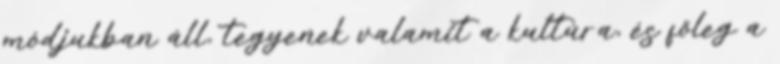
módjukban áll, tegyenek valamit a kultúra, és főleg a